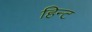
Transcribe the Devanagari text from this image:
हिन्ट